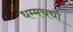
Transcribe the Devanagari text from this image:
धम्मचर्चा